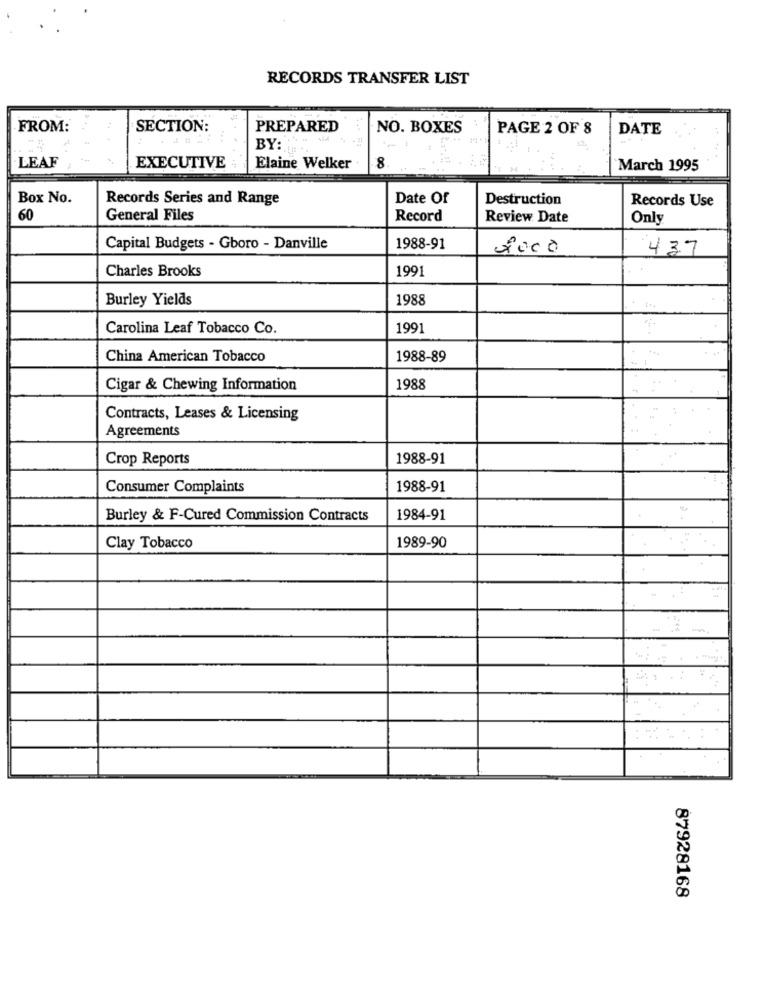
RECORDS TRANSFER LIST
FROM:
SECTION:
PREPARED
NO. BOXES
PAGE 2 OF 8
DATE
BY:
LEAF
.....
EXECUTIVE
Elaine Welker
8
March 1995
Box No.
Records Series and Range
Date Of
Destruction
Records Use
60
General Files
Record
Review Date
Only
Capital Budgets - Gboro - Danville
1988-91
437
Charles Brooks
1991
Burley Yields
1988
Carolina Leaf Tobacco Co.
1991
China American Tobacco
1988-89
Cigar & Chewing Information
1988
Contracts, Leases & Licensing
Agreements
Crop Reports
1988-91
Consumer Complaints
1988-91
Burley & F-Cured Commission Contracts
1984-91
Clay Tobacco
1989-90
87928168